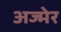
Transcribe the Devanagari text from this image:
अज्मेर